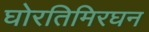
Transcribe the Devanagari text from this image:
घोरतिमिरघन